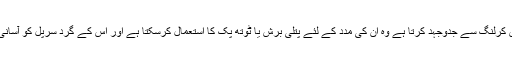
اشارہ: جو بھی شخص کرلنگ سے جدوجہد کرتا ہے وہ ان کی مدد کے لئے پتلی برش یا ٹوتھ پک کا استعمال کرسکتا ہے اور اس کے گرد سرپل کو آسانی سے گھما سکتا ہے۔